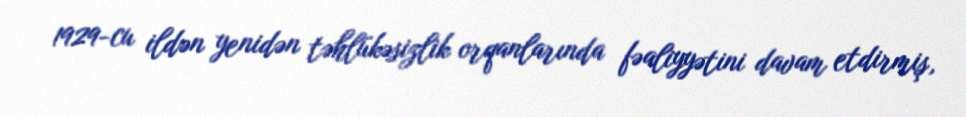
1929-cu ildən yenidən təhlükəsizlik orqanlarında fəaliyyətini davam etdirmiş,